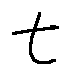
t